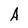
Character: A